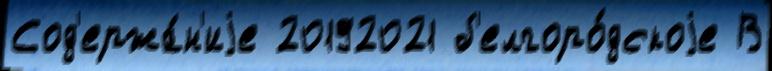
Сод'ержа́н'иjе 20192021 б'елгоро́дскоjе В